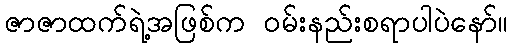
ဇာဇာထက်ရဲ့အဖြစ်က ဝမ်းနည်းစရာပါပဲနော်။